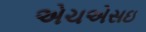
એચએસઇ